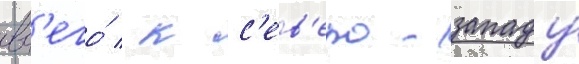
вс'его́ / к с'ев'еро-западу